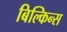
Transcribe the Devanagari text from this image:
बिल्किन्स